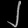
Digit: ၂